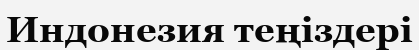
Индонезия теңіздері